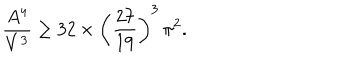
\frac { A ^ { 4 } } { V ^ { 3 } } \ge 3 2 \times \left( \frac { 2 7 } { 1 9 } \right) ^ { 3 } \, \pi ^ { 2 } .